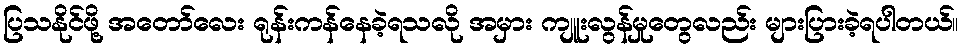
ပြသနိုင်ဖို့ အတော်လေး ရုန်းကန်နေခဲ့ရသလို အမှား ကျူးလွန်မှုတွေလည်း များပြားခဲ့ရပါတယ်။